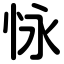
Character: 怺